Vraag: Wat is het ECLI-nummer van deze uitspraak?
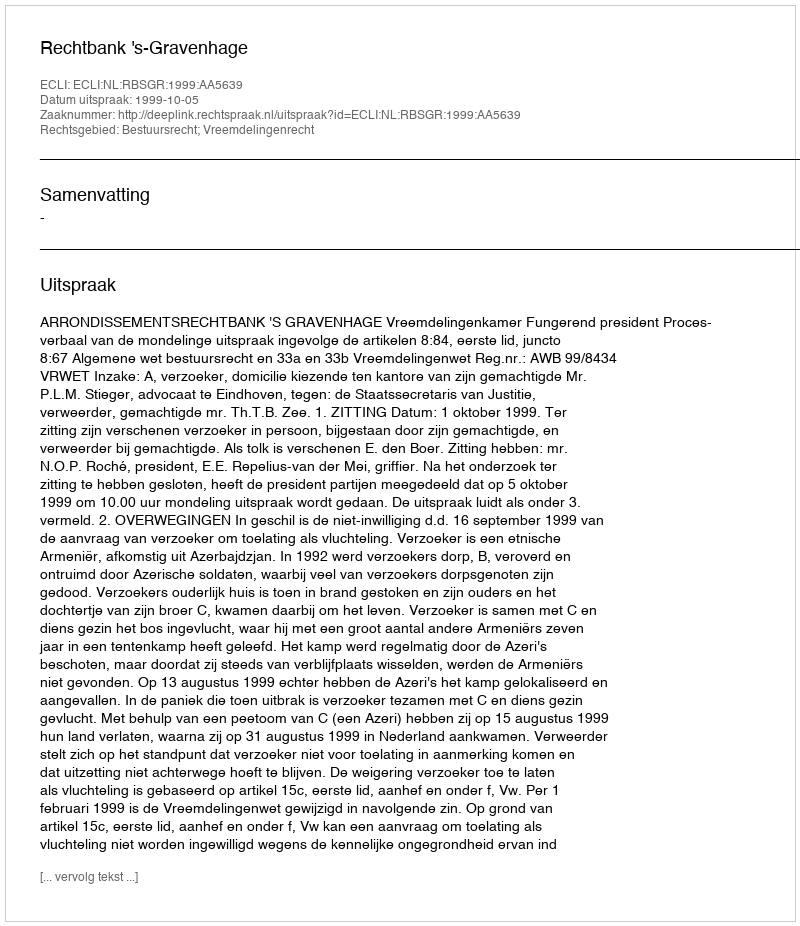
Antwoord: ECLI:NL:RBSGR:1999:AA5639